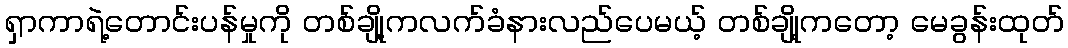
ရှာကာရဲ့တောင်းပန်မှုကို တစ်ချို့ကလက်ခံနားလည်ပေမယ့် တစ်ချို့ကတော့ မေခွန်းထုတ်